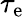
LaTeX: \tau_{\mathrm{e}}